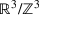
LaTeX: \mathbb { R } ^ { 3 } / \mathbb { Z } ^ { 3 }